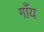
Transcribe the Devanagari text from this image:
गाँय